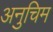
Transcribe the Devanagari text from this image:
अनुचिम